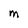
Character: M